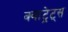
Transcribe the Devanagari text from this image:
क्वाट्रेट्स